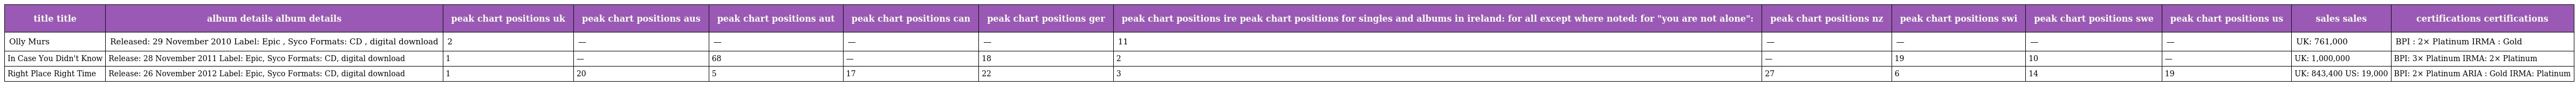
| title title | album details album details | peak chart positions uk | peak chart positions aus | peak chart positions aut | peak chart positions can | peak chart positions ger | peak chart positions ire peak chart positions for singles and albums in ireland: for all except where noted: for "you are not alone": | peak chart positions nz | peak chart positions swi | peak chart positions swe | peak chart positions us | sales sales | certifications certifications |
 | --- | --- | --- | --- | --- | --- | --- | --- | --- | --- | --- | --- | --- | --- |
 | Olly Murs | Released: 29 November 2010 Label: Epic , Syco Formats: CD , digital download | 2 | — | — | — | — | 11 | — | — | — | — | UK: 761,000 | BPI : 2× Platinum IRMA : Gold |
 | In Case You Didn't Know | Release: 28 November 2011 Label: Epic, Syco Formats: CD, digital download | 1 | — | 68 | — | 18 | 2 | — | 19 | 10 | — | UK: 1,000,000 | BPI: 3× Platinum IRMA: 2× Platinum |
 | Right Place Right Time | Release: 26 November 2012 Label: Epic, Syco Formats: CD, digital download | 1 | 20 | 5 | 17 | 22 | 3 | 27 | 6 | 14 | 19 | UK: 843,400 US: 19,000 | BPI: 2× Platinum ARIA : Gold IRMA: Platinum |